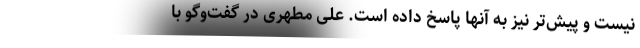
نیست و پیش‌تر نیز به آنها پاسخ داده است. علی مطهری در گفت‌وگو با